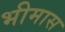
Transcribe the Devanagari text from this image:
भीमास